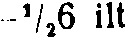
-½6 ilt